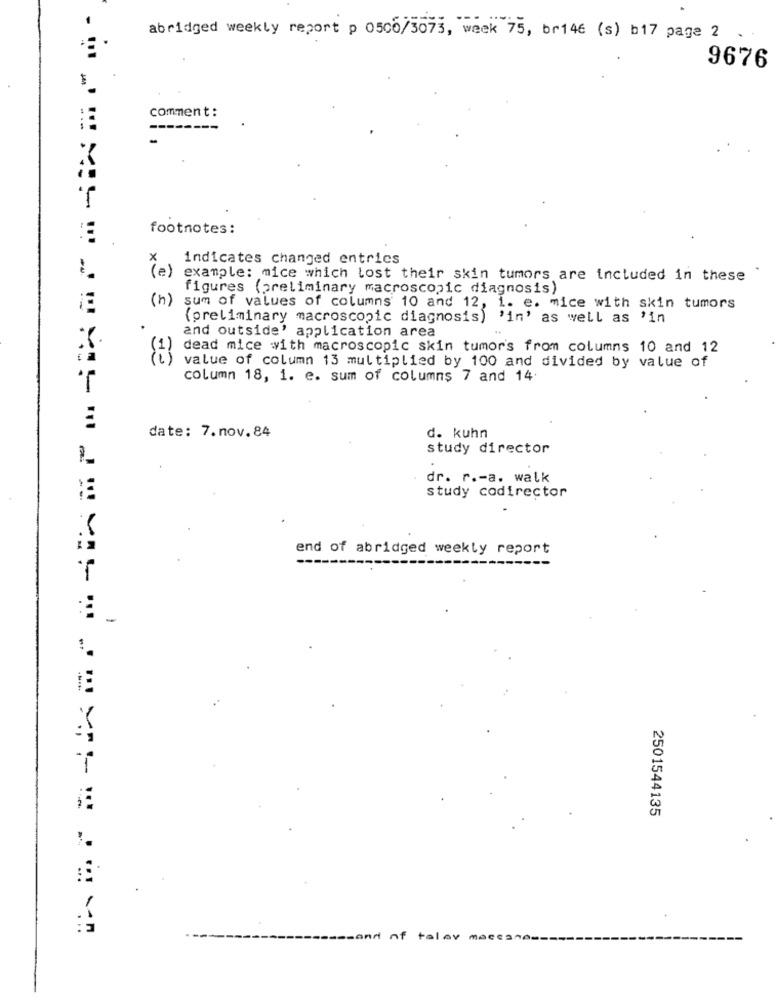
abridged weekly report p 0500/3073, week 75, br146 (s) b17 page 2
9676
comment:
----
footnotes:
indicates changed entries
(e)
example: mice which lost their skin tumors are included in these
figures (preliminary macroscopic diagnosis)
(h) sum of values of columns 10 and 12, i. e. mice with skin tumors
(preliminary macroscopic diagnosis) 'in' as well as 'in
and outside' application area
X.
dead mice with macroscopic skin tumor's from columns 10 and 12
value of column 13 multiplied by 100 and divided by value of
column 18, i. e. sum of columns 7 and 14.
date: 7.nov.84
d. kuhn
study director
1.
dr. r .- a. walk
study codirector
end of abridged weekly report
1
2501544135
of
talar meccano-